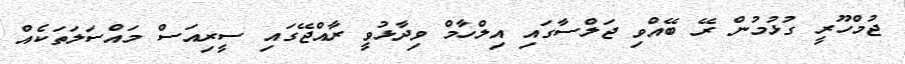
ޖުމްހޫރީ ގުޅުމުން ރޭ ބޭއްވި ޖަލްސާގައި އިލްހާމް ވިދާޅުވީ ރާއްޖޭގައި ސީރިއަސް މައްސަލަތަކެއް